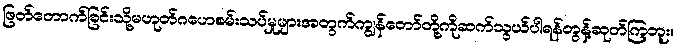
ဖြတ်တောက်ခြင်းသို့မဟုတ်ဂဟေစမ်းသပ်မှုများအတွက်ကျွန်တော်တို့ကိုဆက်သွယ်ပါရန်တွန့်ဆုတ်ကြဘူး။